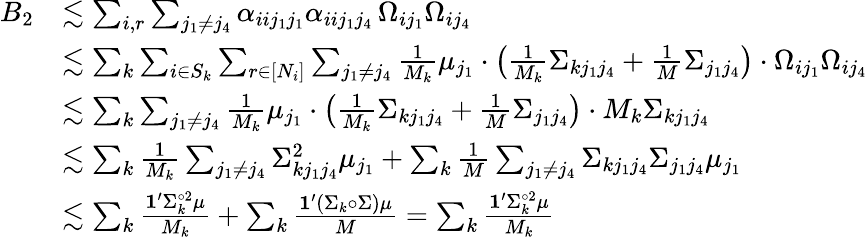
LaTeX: \begin{array}{rl}{B_{2}}&{\lesssim\sum_{i,r}\sum_{j_{1}\neq j_{4}}\alpha_{iij_{1}j_{1}}\alpha_{iij_{1}j_{4}}\, \Omega_{ij_{1}}\Omega_{ij_{4}}}\\ &{\lesssim\sum_{k}\sum_{i\in S_{k}}\sum_{r\in[N_{i}]}\sum_{j_{1}\neq j_{4}}\frac{1}{M_{k}}\mu_{j_{1}}\cdot\big(\frac{1}{M_{k}}\Sigma_{kj_{1}j_{4}}+\frac{1}{M}\Sigma_{j_{1}j_{4}}\big)\cdot\Omega_{ij_{1}}\Omega_{ij_{4}}}\\ &{\lesssim\sum_{k}\sum_{j_{1}\neq j_{4}}\frac{1}{M_{k}}\mu_{j_{1}}\cdot\big(\frac{1}{M_{k}}\Sigma_{kj_{1}j_{4}}+\frac{1}{M}\Sigma_{j_{1}j_{4}}\big)\cdot M_{k}\Sigma_{kj_{1}j_{4}}}\\ &{\lesssim\sum_{k}\frac{1}{M_{k}}\sum_{j_{1}\neq j_{4}}\Sigma_{kj_{1}j_{4}}^{2}\mu_{j_{1}}+\sum_{k}\frac{1}{M}\sum_{j_{1}\neq j_{4}}\Sigma_{kj_{1}j_{4}}\Sigma_{j_{1}j_{4}}\mu_{j_{1}}}\\ &{\lesssim\sum_{k}\frac{\mathbf{1}^{\prime}\Sigma_{k}^{\circ 2}\mu}{M_{k}}+\sum_{k}\frac{\mathbf{1}^{\prime}(\Sigma_{k}\circ\Sigma)\mu}{M}=\sum_{k}\frac{\mathbf{1}^{\prime}\Sigma_{k}^{\circ 2}\mu}{M_{k}}}\end{array}